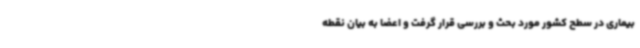
بیماری در سطح کشور مورد بحث و بررسی قرار گرفت و اعضا به بیان نقطه